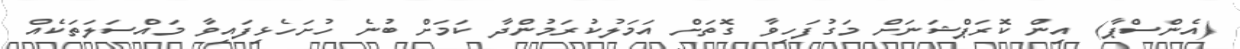
(އެންސްޕާ) އިން ކޮރަޕްޝަނަށް މަގުފަހިވާ ގޮތަށް އަމަލުކުރަމުންދާ ކަމަށް ބުނެ ހުށަހެޅިފައިވާ މައްސަލަތަކެއް